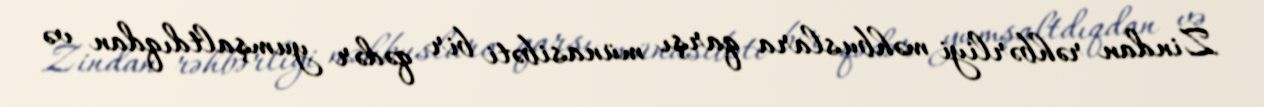
Zindan rəhbərliyi məhbuslara qarşı münasibəti bir qədər yumşaltdıqdan və